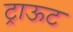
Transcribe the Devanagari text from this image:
ट्राऊट